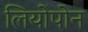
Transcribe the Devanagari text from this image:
लियोपोन